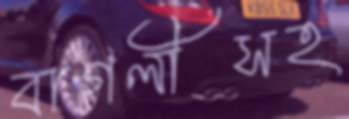
বাগলীসহ